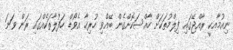
ނިއުމާއކީ ރާއްޖޭގައި ފިލްމުތަކަށް ހާއްސަކޮށްގެން ބޭއްވި ހުރިހާ އެވޯޑް ހަފުލާތަކެއްގައި ރަން ވަނަ